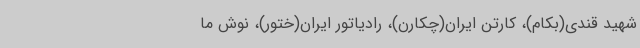
شهید قندی(بکام)، کارتن ایران(چکارن)، رادیاتور ایران(ختور)، نوش ما